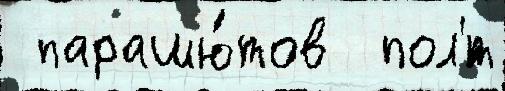
 парашю́тов  пол'́т